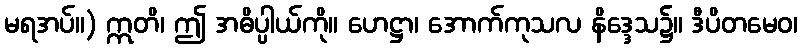
မရအပ်။) ဣတိ၊ ဤ အဓိပ္ပါယ်ကို။ ဟေဋ္ဌာ၊ အောက်ကုသလ နိဒ္ဒေသ၌။ ဒီပိတမေဝ၊